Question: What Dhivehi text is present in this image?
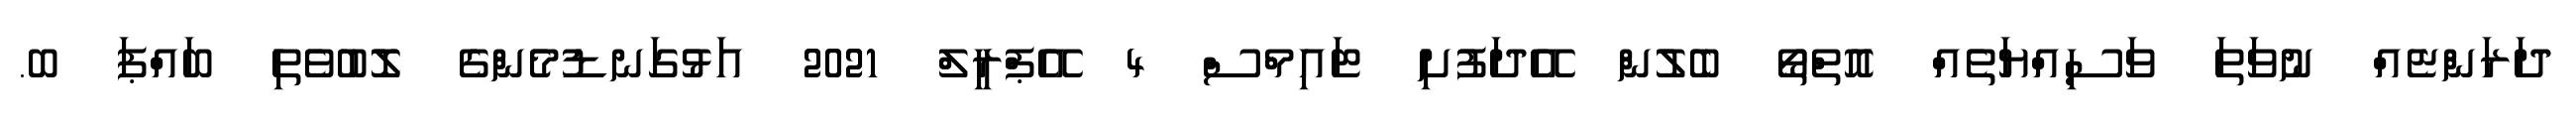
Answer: ދަރަންޏެއް ނުވަތަ ވަސިއްޔަތެއް އޮތްތޯ ބެލުން އޭދަފުށި ޓައިމްސް 4 އޭޕްރީލް 2021 އަޅުގަނޑުމެންގެ ލޮބުވެތި ބައްޕަ ބ.